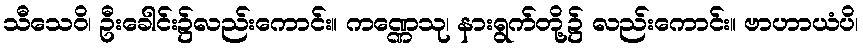
သီသေဝိ၊ ဦးခေါင်း၌လည်းကောင်း။ ကဏ္ဏေသု၊ နားရွက်တို့၌ လည်းကောင်း။ ဗာဟာယံပိ၊